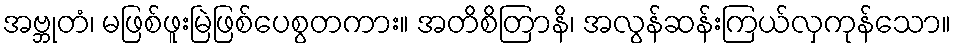
အဗ္ဘုတံ၊ မဖြစ်ဖူးမြဲဖြစ်ပေစွတကား။ အတိစိတြာနိ၊ အလွန်ဆန်းကြယ်လှကုန်သော။